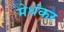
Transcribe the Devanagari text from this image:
मेधंकर